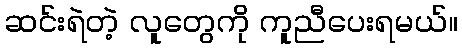
ဆင်းရဲတဲ့ လူတွေကို ကူညီပေးရမယ်။